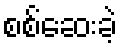
စစ်ဆေးခဲ့